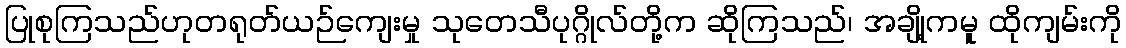
ပြုစုကြသည်ဟုတရုတ်ယဉ်ကျေးမှု သုတေသီပုဂ္ဂိုလ်တို့က ဆိုကြသည်၊ အချို့ကမူ ထိုကျမ်းကို